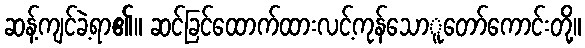
ဆန့်ကျင်ခဲ့ရာ၏။ ဆင်ခြင်ထောက်ထားလင့်ကုန်သောူတော်ကောင်းတို့။